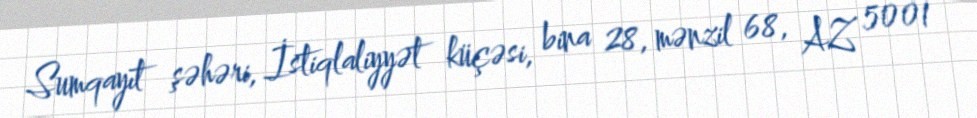
Sumqayıt şəhəri, İstiqlaliyyət küçəsi, bina 28, mənzil 68, AZ 5001